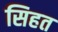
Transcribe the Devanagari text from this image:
सिहत